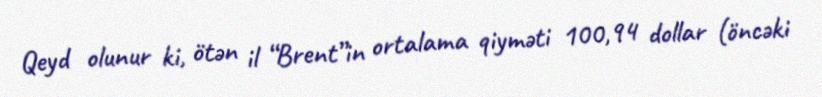
Qeyd olunur ki, ötən il “Brent”in ortalama qiyməti 100,94 dollar (öncəki